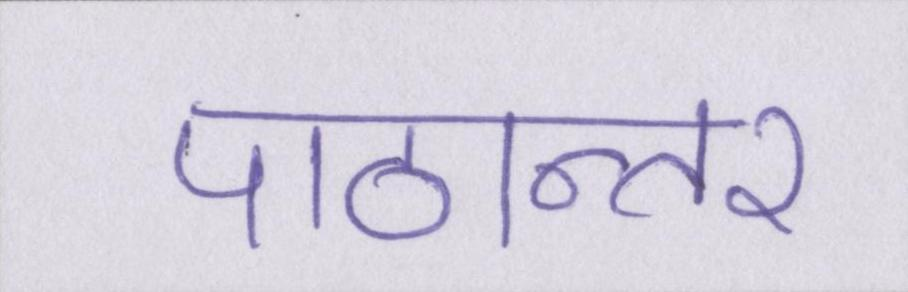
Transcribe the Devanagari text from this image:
पाठान्तर